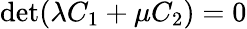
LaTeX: \operatorname*{det}(\lambda C_{1}+\mu C_{2})=0